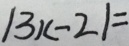
\vert 3 x - 2 \vert =